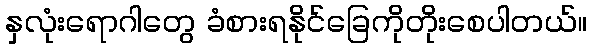
နှလုံးရောဂါတွေ ခံစားရနိုင်ခြေကိုတိုးစေပါတယ်။